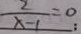
\frac { 2 } { x - 1 } = 0